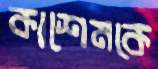
কাশেমকে